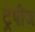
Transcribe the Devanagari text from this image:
ट्रेपीज